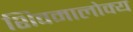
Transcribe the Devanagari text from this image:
शिवमालोक्य